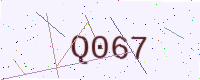
Text: Q067